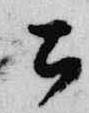
公